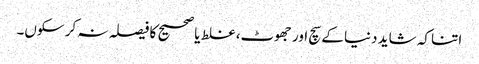
اتنا کہ شاید دنیا کے سچ اور جھوٹ، غلط یا صحیح کا فیصلہ نہ کر سکوں۔